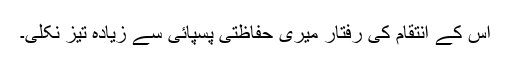
اس کے انتقام کی رفتار میری حفاظتی پسپائی سے زیادہ تیز نکلی۔